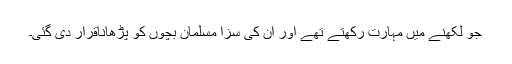
جو لکھنے میں مہارت رکھتے تھے اور اُن کی سزا مسلمان بچوں کو پڑھاناقرار دی گئی۔